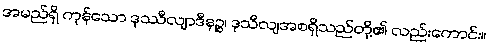
အမည်ရှိ ကုန်သော ဒုဿီလျာဒီနဉ္စ၊ ဒုသီလျအစရှိသည်တို့၏ လည်းကောင်း။